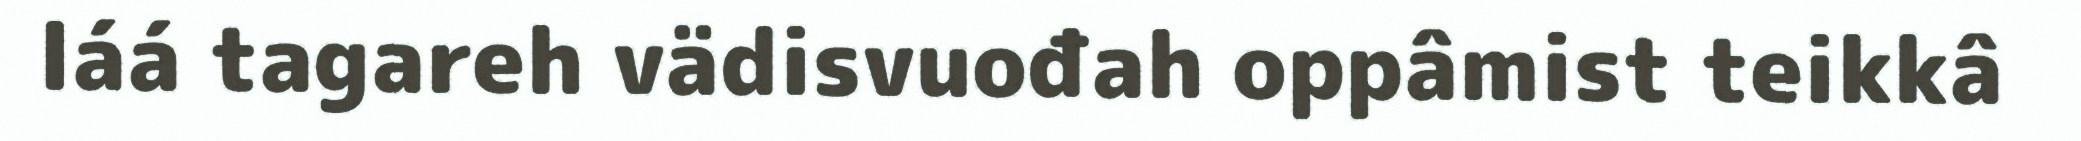
láá tagareh vädisvuođah oppâmist teikkâ